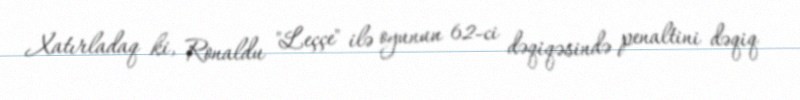
Xatırladaq ki, Ronaldu "Leççe" ilə oyunun 62-ci dəqiqəsində penaltini dəqiq